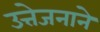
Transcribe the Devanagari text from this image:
उत्तेजनाने